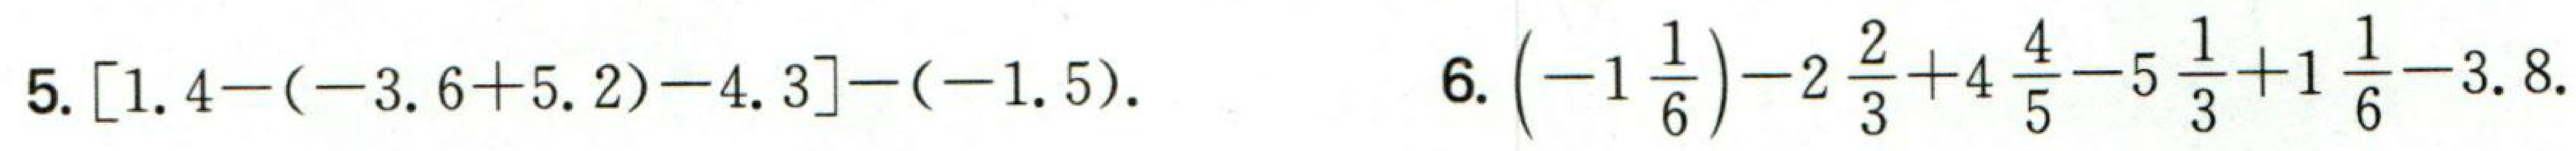
5. \([1.4 - (-3.6 + 5.2)-4.3]-(-1.5)\).  6. \(\left(-1\frac{1}{6}\right)-2\frac{2}{3}+4\frac{4}{5}-5\frac{1}{3}+1\frac{1}{6}-3.8\)